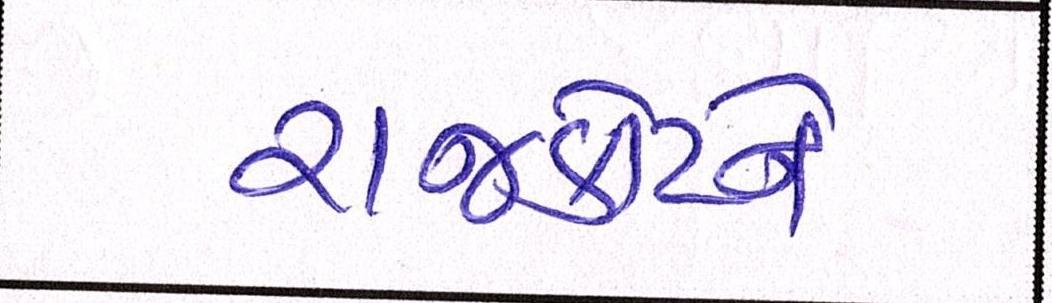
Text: રાજકોટને